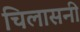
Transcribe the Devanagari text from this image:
चिलासनी